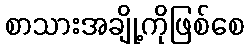
စာသားအချို့ကိုဖြစ်စေ